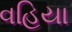
વહિયા